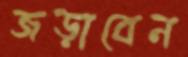
জড়াবেন